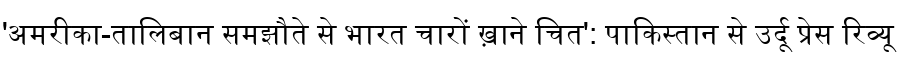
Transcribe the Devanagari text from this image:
'अमरीका-तालिबान समझौते से भारत चारों ख़ाने चित': पाकिस्तान से उर्दू प्रेस रिव्यू